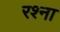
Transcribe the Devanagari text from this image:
रश्ना